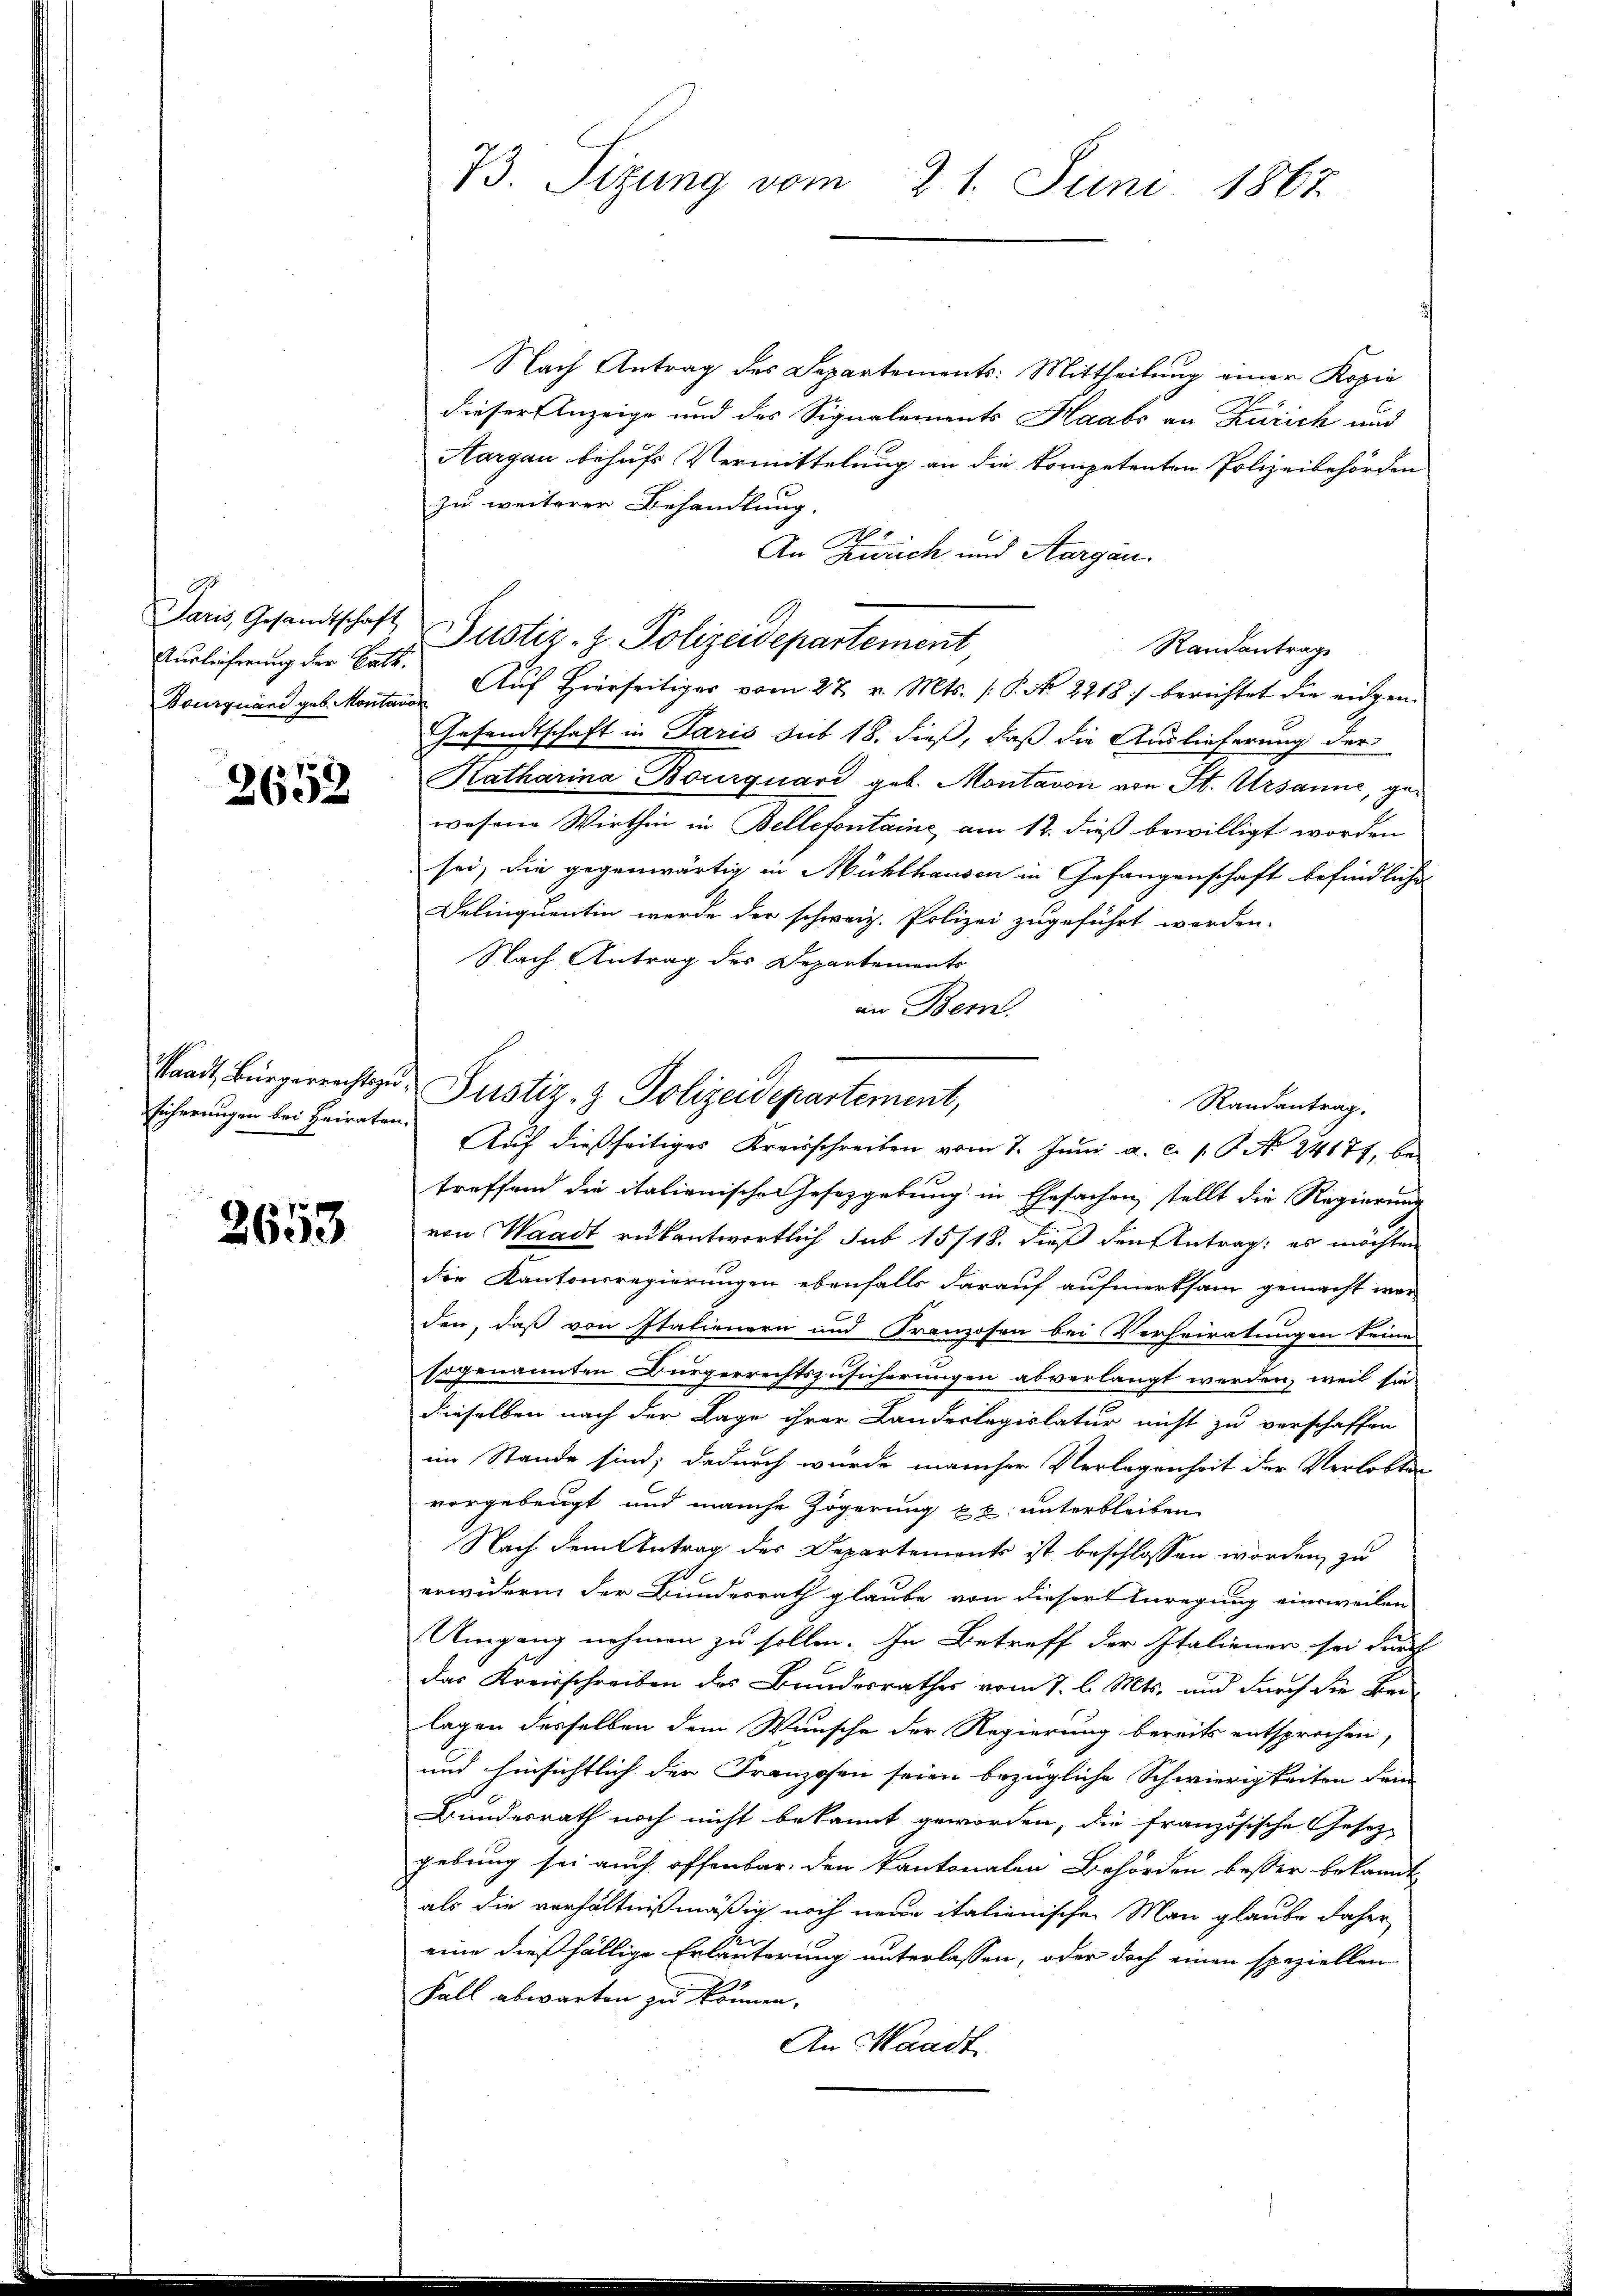
Auslieferung der Gatt

2652

Standt, Bürgerrichtsge
sicherungen bei Heiraten

2653

B3. Sizung vom 21. Juni 1867

Nach Antrag des Departements: Mittheilung einer Kopie
dieser Anzeige und des Signalements Haabe an Zürich und
Aargau behufs Vermittelung an die kompetenten Polizeibehörden
zu weiterer Behandlung.
A
An Zürich und Aargau.
Paris, Gesandtschaft Justiz- & Polizeidepartement,
Randantrag
Bourquand geb. Montane Auf Hierseitiger vom 27. v. Mts. (: P. No. 2218) berichtet die eidgen.
Gesandtschaft in Paris sub 18. dieß, daß die Auslieferung der
Katharina Bourquari geb. Montavon von St. Ursanne, gewesene Wirthin in Bellefontaine am 12. dieß bewilligt worden
sei, die gegenwärtig in Mühlhausen in Gefangenschaft befindliches
Delinquentin werde der schweiz. Polizei zugeführt worden.
Nach Antrag des Departements
an Bern.
Randantrag.
Auf dießseitiges Kreisschreiben vom 7. Juni a.c. s. P. No 24177, betreffend die italienische Gesetzgebung in Ehesachen stellt die Regierung
von Waadt rükantwortlich sub 15/18. dieß den Antrag: es möchten
die Kantonsregierungen ebenfalls darauf aufmerksam gemacht wer
den, daß von Italienern und Franzosen bei Verheiratungen keine
sogenannten Bürgerrechtszusicherungen abverlangt worden, weil sie
dieselben nach der Lage ihrer Landeslegislatur nicht zu verschaffen
im Stande sind; dadurch würde mancher Verlegenheit der Verlobten
vorgebeugt und manche Zögerung xx unterbleiben
Nach dem Antrag der Departements ist beschlossen worden, zu
erwidern der Bundesrath glaube von diesert Anregung eineweilen
Umgang nehmen zu sollen. In Betreff der Italiener sei durch
das Kreisschreiben des Bundesrathes vom 7. l. Mts. und durch die Beilagen derselben dem Wunsche der Regierung bereits entsprochen,
und hinsichtlich der Franzosen seien bezügliche Schwierigkeiten dem
Bundesrath noch nicht bekannt geworden, die französische Gesetz-
gebung sei auch offenbar, den Kantonalen Behörden besser bekannt
als die verhältnißmäßig noch neue italienischen Man glaube daher
eine dießfällige Erläuterung unterlassen, oder doch einen speziellen
Fall abwarten zu können.
An Waadt,

Justiz- & Polizeidepartement,